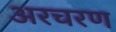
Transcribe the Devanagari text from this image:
अरचरण